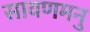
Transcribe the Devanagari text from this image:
सावणमनु